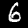
Label: 6